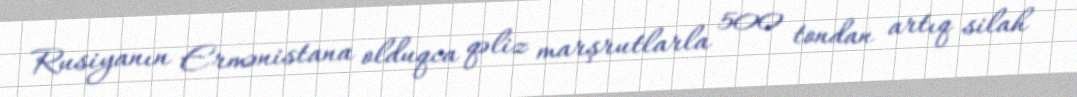
Rusiyanın Ermənistana olduqca qəliz marşrutlarla 500 tondan artıq silah